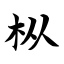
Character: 枞